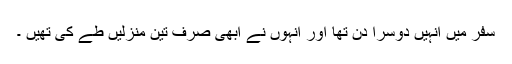
سفر میں انہیں دوسرا دن تھا اور انہوں نے ابھی صرف تین منزلیں طے کی تھیں ۔